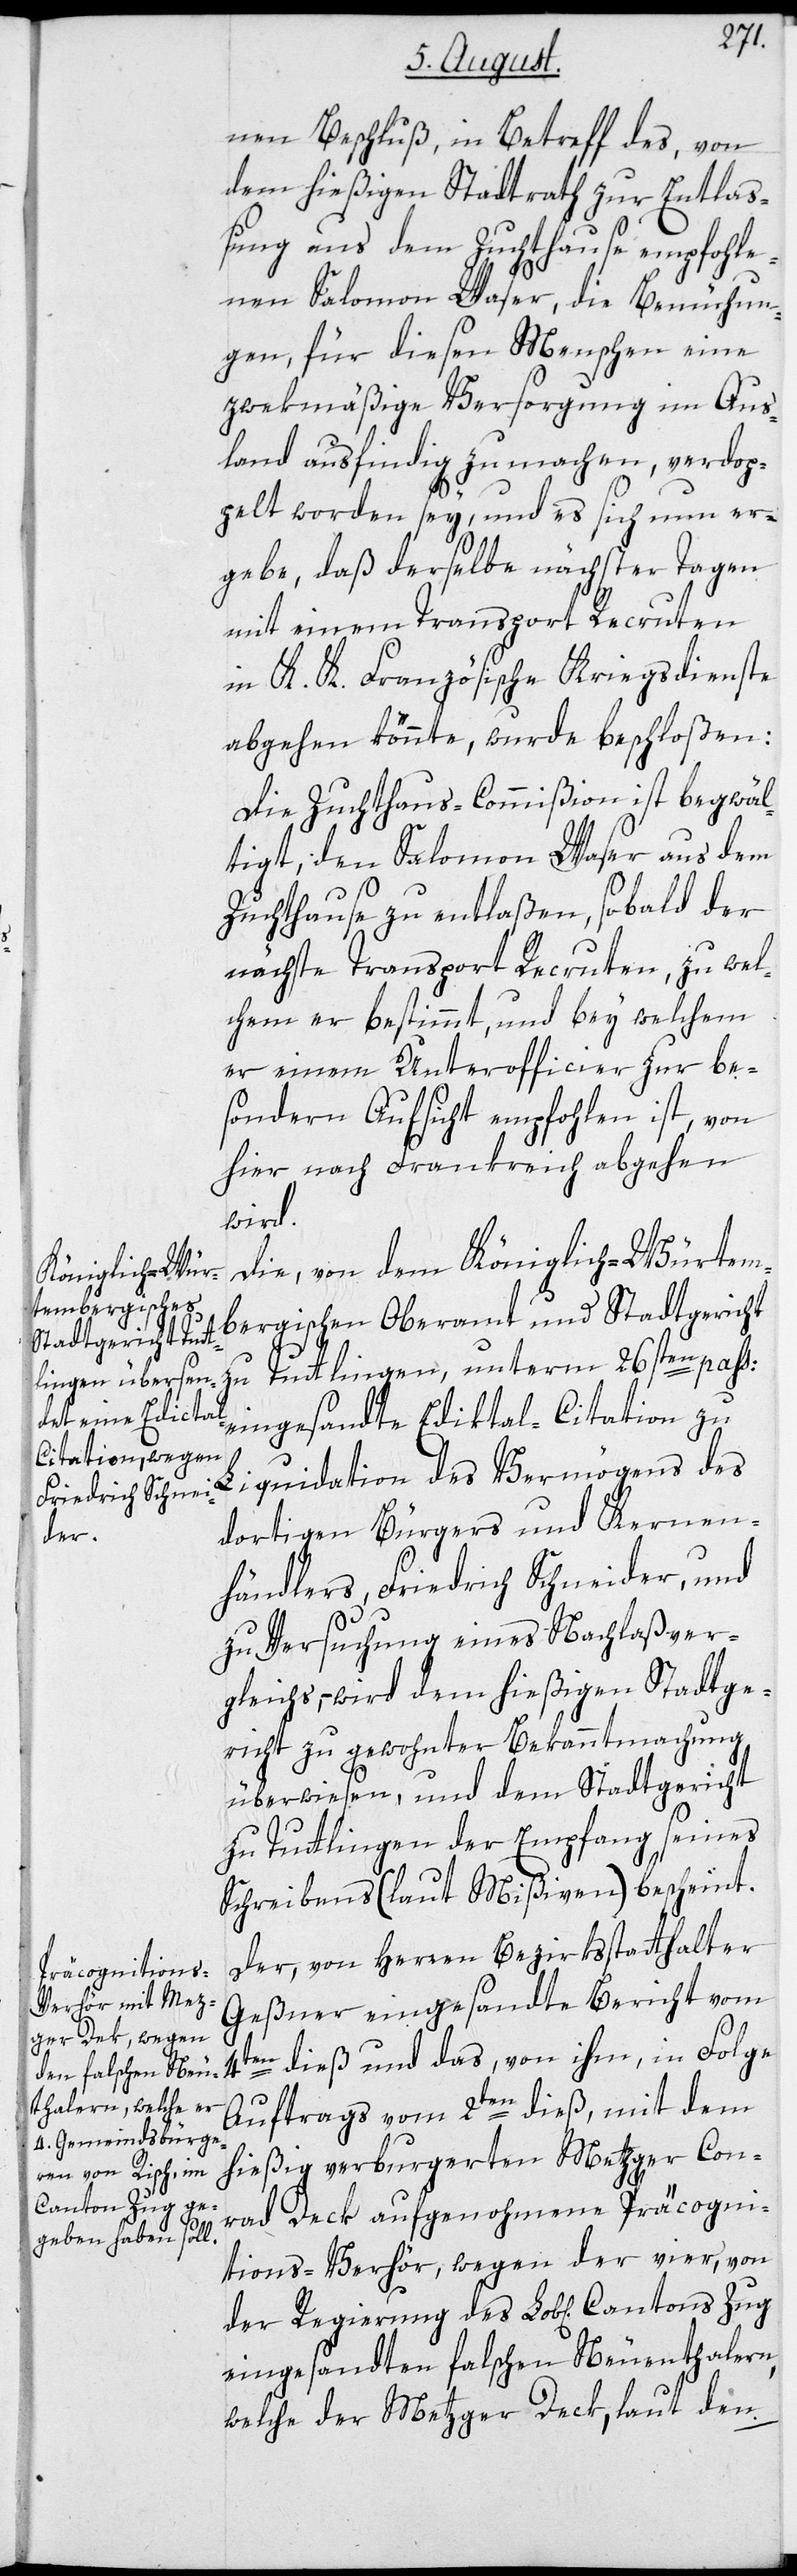
nen Beschluß, in Betreff des, von
dem hießigen Stadtrath zur Entlaß¬
ung aus dem Zuchthause empfohle¬
nen Salomon Waser, die Bemühun¬
gen für diesen Menschen eine
zwekmäßige Versorgung im Aus¬
land ausfindig zu machen, verdop¬
pelt worden sey, und es sich nun er¬
gebe, daß derselbe nächster Tagen
mit einem Transport Recruten
in K. K. Französische Kriegsdienste
abgehen könnte, wurde beschloßen:
Die Zuchthaus-Commißion ist begwäl¬
tigt, den Salomon Waser aus dem
Zuchthause zu entlaßen, sobald der
nächste Transport Recruten, zu wel¬
chem er bestimmt, und bey welchem
er einem Unterofficier zur be¬
sondern Aufsicht empfohlen ist, von
hier nach Frankreich abgehen
wird.
Die, von dem Königlich-Würtem¬
bergischen Oberamt und Stadtgericht
zu Tuttlingen, unterm 26sten pass:
eingesandte Ediktal-Citation zu
dortigen Bürgers und Kernen¬
der
händlers Friedrich Schneider, und
zu Versuchung eines Nachlaßver¬
gleichs, – wird dem hießigen Stadtge¬
richt zu gewohnter Bekanntmachung
überwiesen, und dem Stadtgericht
zu Tuttlingen der Empfang seines
Schreibens (laut Mißiven) bescheint.
Der, von Herren Bezirksstatthalter
Geßner eingesandte Bericht vom
des
4ten dieß und das, von ihm, in Folge
Auftrags vom 2ten dieß, mit dem
hießig verburgerten Metzger Con¬
Cantons Zug e¬
rad Deck aufgenohmene Präcogni¬
tions-Verhör, wegen der vier, von
ingesandten falschen Neuenthalern,
welche der Metzger Deck, laut den